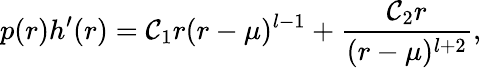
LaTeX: p(r)h^{\prime}(r)=\mathcal{C}_{1}r(r-\mu)^{l-1}+{\frac{{\mathcal{C}_{2}r}}{{(r-\mu)^{l+2}}}},